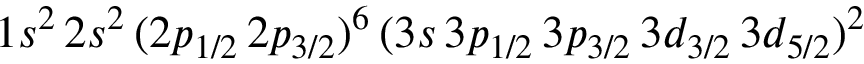
1 s ^ { 2 } \, 2 s ^ { 2 } \, ( 2 p _ { 1 / 2 } \, 2 p _ { 3 / 2 } ) ^ { 6 } \, ( 3 s \, 3 p _ { 1 / 2 } \, 3 p _ { 3 / 2 } \, 3 d _ { 3 / 2 } \, 3 d _ { 5 / 2 } ) ^ { 2 }